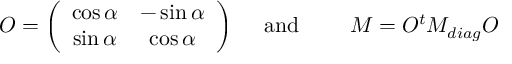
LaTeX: O = \left( \begin{array} { c c } { { \cos \alpha } } & { { - \sin \alpha } } \\ { { \sin \alpha } } & { { \cos \alpha } } \end{array} \right) \mathrm { \quad ~ a n d \qquad ~ } M = O ^ { t } M _ { d i a g } O